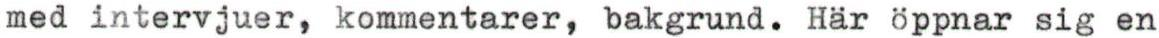
med intervjuer, kommentarer, bakgrund. Här öppnar sig en